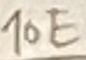
Text: 10E